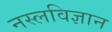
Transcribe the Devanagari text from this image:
नस्लविज्ञान